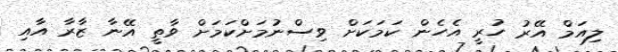
ލިއަމް އޭރު ހުރީ އެހެން ކަމަކަށް ވިސްނުމަށްކަމަށް ވާތީ އޭނާ ޒާރާ އާއި